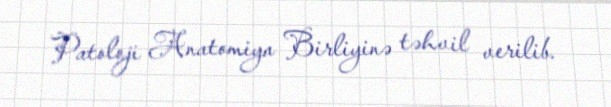
Patoloji Anatomiya Birliyinə təhvil verilib.